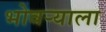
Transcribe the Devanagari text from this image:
भोवर्‍याला